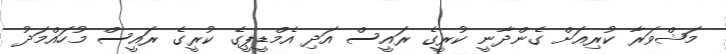
މަޝްވަރާ ކުރިއަށް ގެންދާނީ ކުރީގެ ރައީސް އަދި އެމްޑީޕީގެ ކުރީގެ ރައީސް މުހައްމަދު